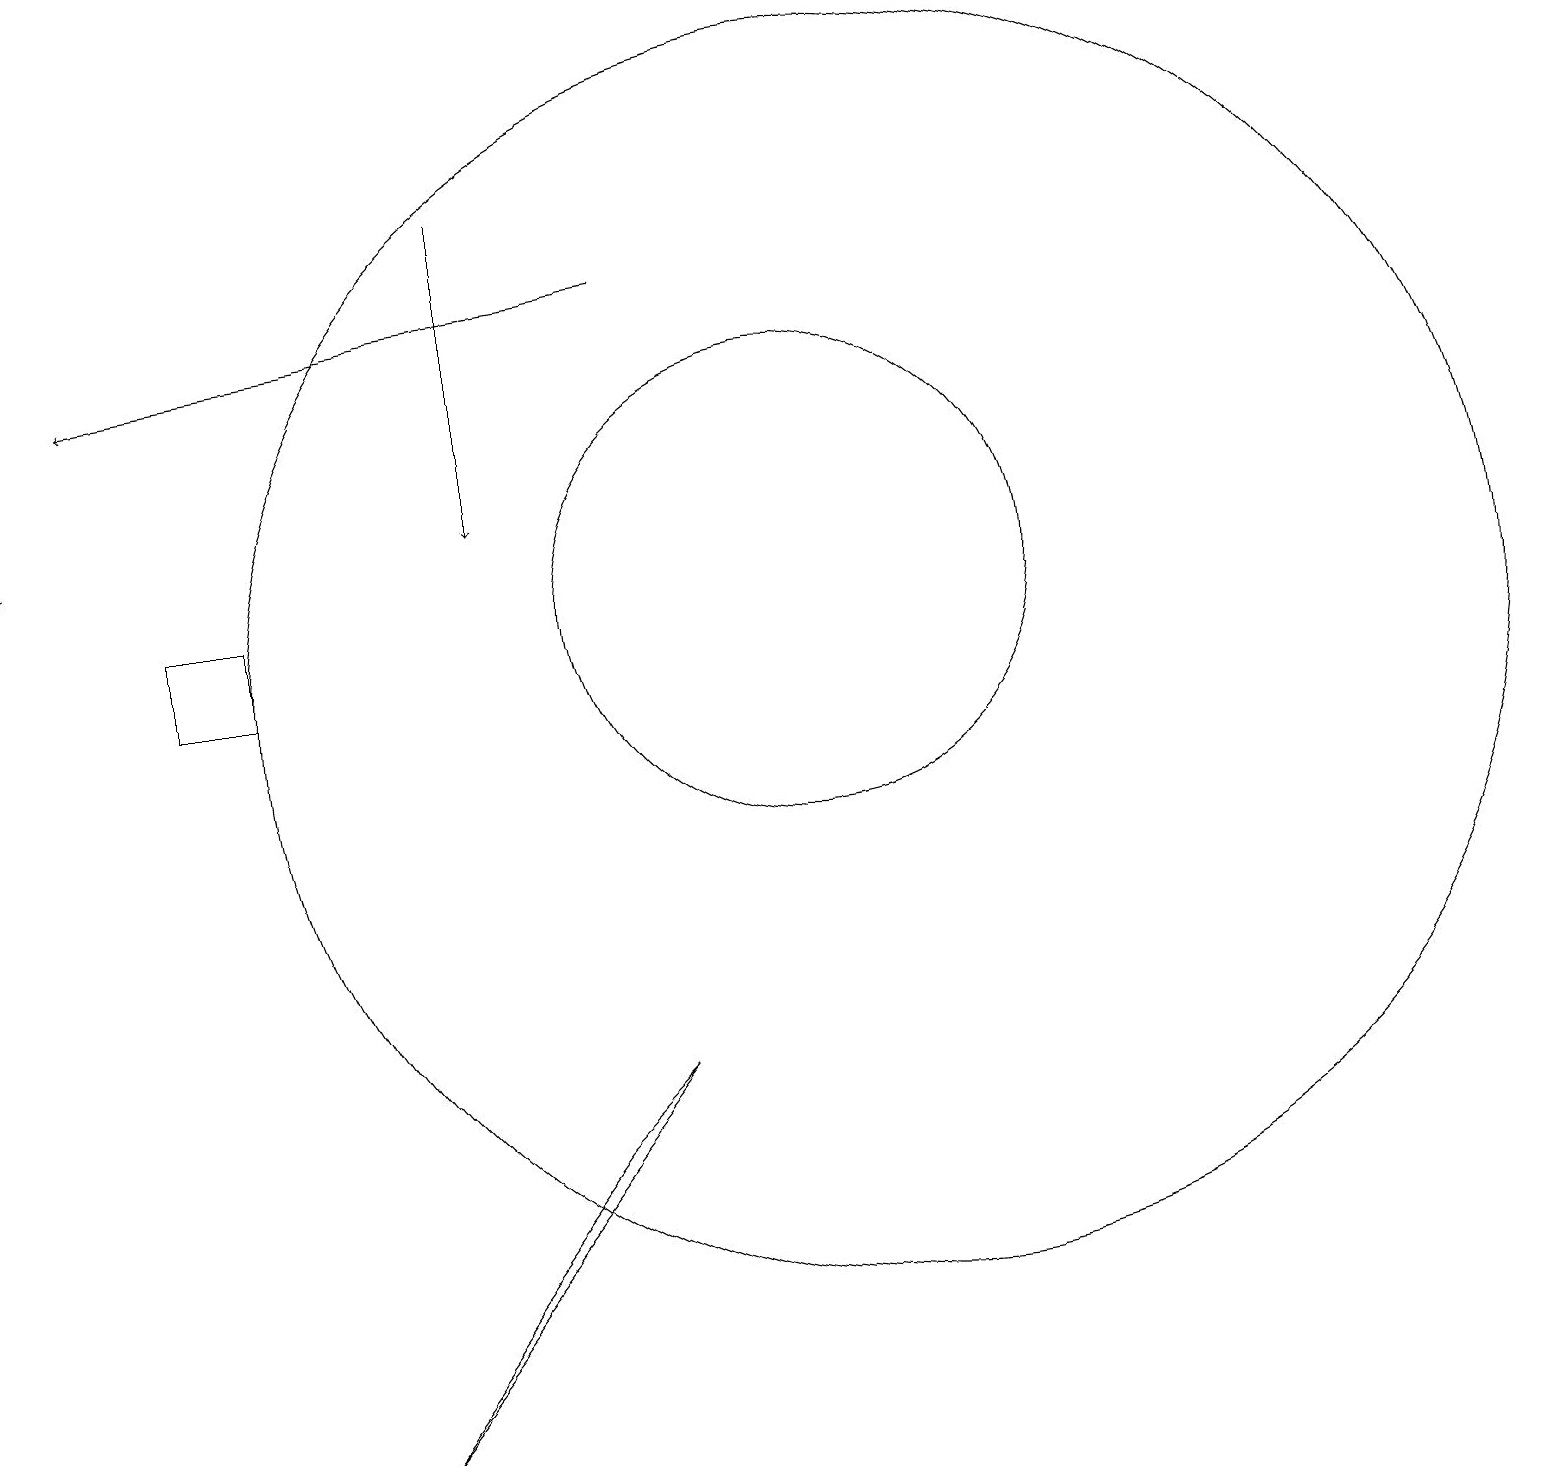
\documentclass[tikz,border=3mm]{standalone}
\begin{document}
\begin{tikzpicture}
\draw[->] (7,16) -- (7,12);
\draw[->] (1,15) -- (1,12);
\draw[->] (9,15) -- (2,14);
\draw (10,10) circle (0);
\draw (8,4) -- (5,0) -- (9,5) -- cycle;
\draw (12,10) circle (8);
\draw (11,11) circle (3);
\draw (4,11) rectangle (3,10);
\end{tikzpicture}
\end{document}